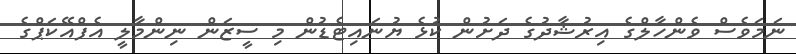
ނަމަވެސް ވެންހާލްގެ އިރުޝާދުގެ ދަށުން ކުޅެ ޔުނައިޓެޑުން މި ސީޒަން ނިންމާލީ އެފްއޭކަޕްގެ